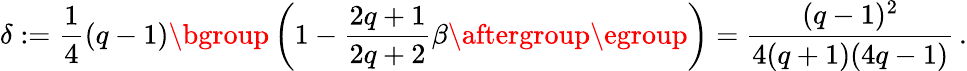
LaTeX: \delta:=\frac 14(q-1)\mathopen{}\mathclose\bgroup\left(1-\frac{2q+1}{2q+2}\beta\aftergroup\egroup\right)=\frac{(q-1)^{2}}{4(q+1)(4q-1)}\, .